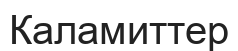
Каламиттер